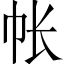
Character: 帐